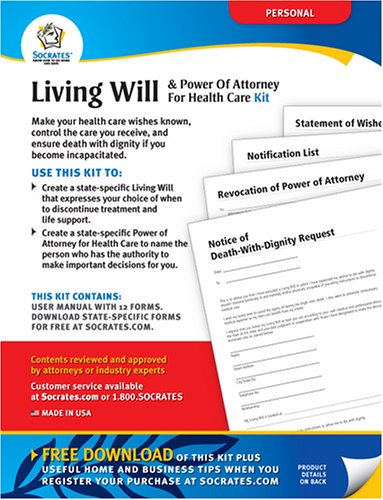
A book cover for Living Will & Power of Attorney for Health Care Kit; Law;